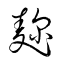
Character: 麴